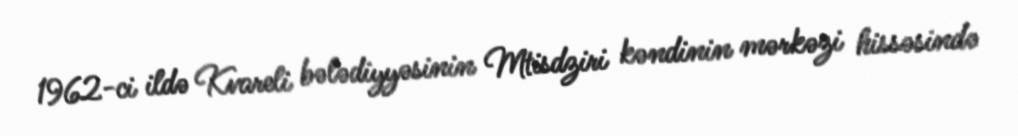
1962-ci ildə Kvareli bələdiyyəsinin Mtisdziri kəndinin mərkəzi hissəsində